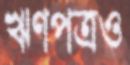
ঋণপত্রও